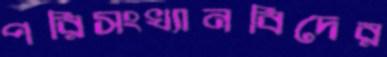
পরিসংখ্যানবিদের